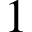
1